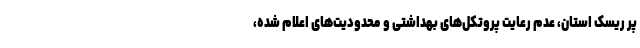
پر ریسک استان، عدم رعایت پروتکل‌های بهداشتی و محدودیت‌های اعلام شده،